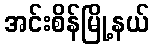
အင်းစိန်မြို့နယ်